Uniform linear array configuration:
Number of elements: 12
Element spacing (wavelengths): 0.5
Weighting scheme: binomial
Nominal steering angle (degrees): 60
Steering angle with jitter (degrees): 59.34
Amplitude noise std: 0.05
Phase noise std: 0.05

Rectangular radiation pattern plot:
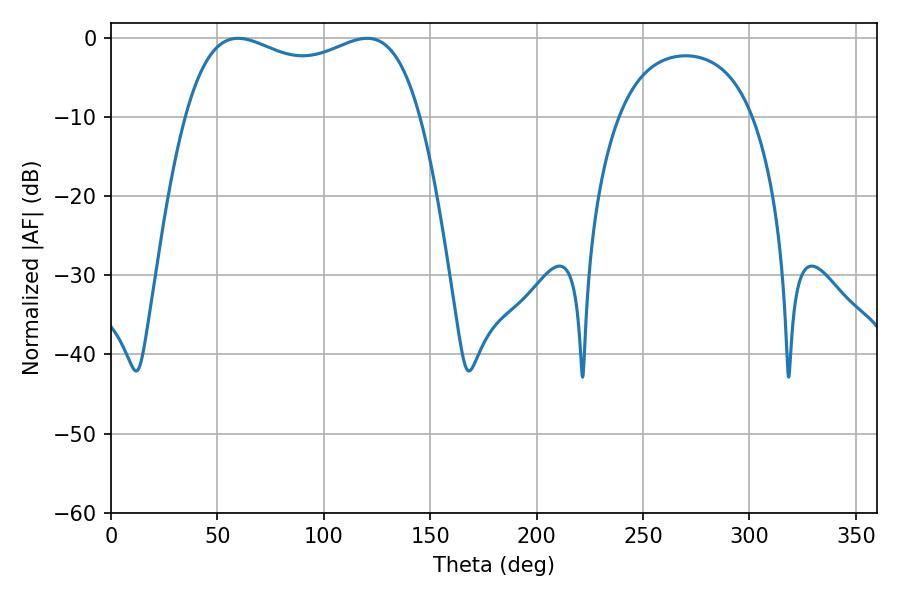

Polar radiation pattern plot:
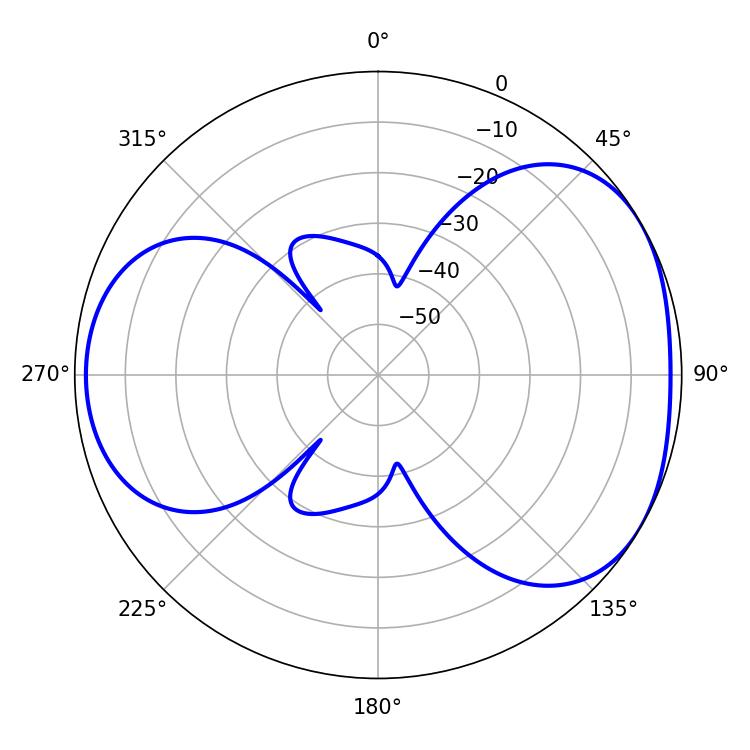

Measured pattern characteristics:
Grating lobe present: FALSE
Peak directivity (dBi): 4.258
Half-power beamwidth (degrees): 90.72
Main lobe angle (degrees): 59.76